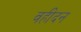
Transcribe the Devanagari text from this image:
वहीदन